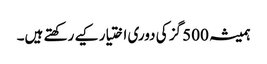
ہمیشہ 500 گز کی دوری اختیار کیے رکھتے ہیں۔